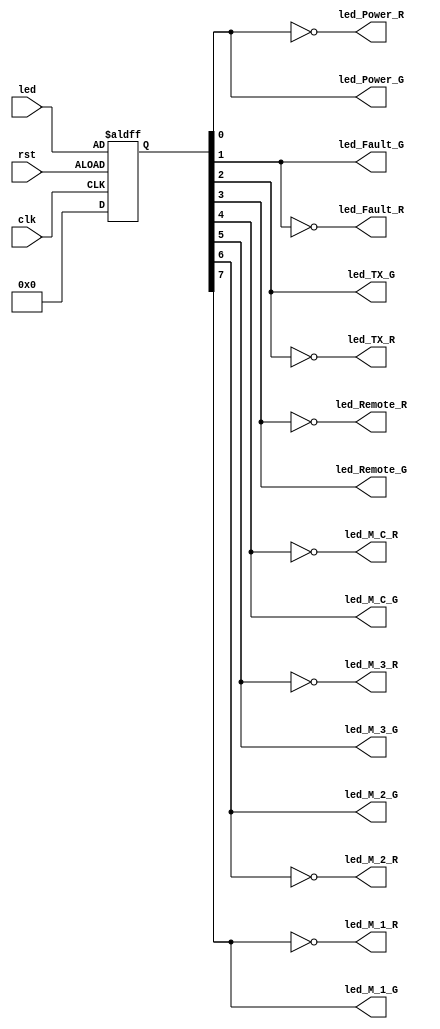
module led_sync
(
    input wire[7:0] led,
    output wire led_M_1_R,
    output wire led_M_1_G,
    output wire led_M_2_R,
    output wire led_M_2_G,
    output wire led_M_3_R,
    output wire led_M_3_G,
    output wire led_M_C_R,
    output wire led_M_C_G,
    output wire led_Remote_R,
    output wire led_Remote_G,
    output wire led_TX_R,
    output wire led_TX_G,
    output wire led_Fault_R,
    output wire led_Fault_G,
    output wire led_Power_R,
    output wire led_Power_G,
    input  wire clk, rst
);

reg[7:0] led_reg;

always @(posedge clk, posedge rst)
begin
    if(~rst)
        led_reg <= 0;
    else
        led_reg <= led;
end

assign led_Power_G  =  led_reg[0];
assign led_Power_R  = ~led_reg[0];
assign led_Fault_G  =  led_reg[1];
assign led_Fault_R  = ~led_reg[1];
assign led_TX_G     =  led_reg[2];
assign led_TX_R     = ~led_reg[2];
assign led_Remote_G =  led_reg[3];
assign led_Remote_R = ~led_reg[3];
assign led_M_C_G    =  led_reg[4];
assign led_M_C_R    = ~led_reg[4];
assign led_M_3_G    =  led_reg[5];
assign led_M_3_R    = ~led_reg[5];
assign led_M_2_G    =  led_reg[6];
assign led_M_2_R    = ~led_reg[6];
assign led_M_1_G    =  led_reg[7];
assign led_M_1_R    = ~led_reg[7];

endmodule